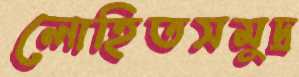
লোহিতসমুদ্র